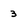
Character: 3